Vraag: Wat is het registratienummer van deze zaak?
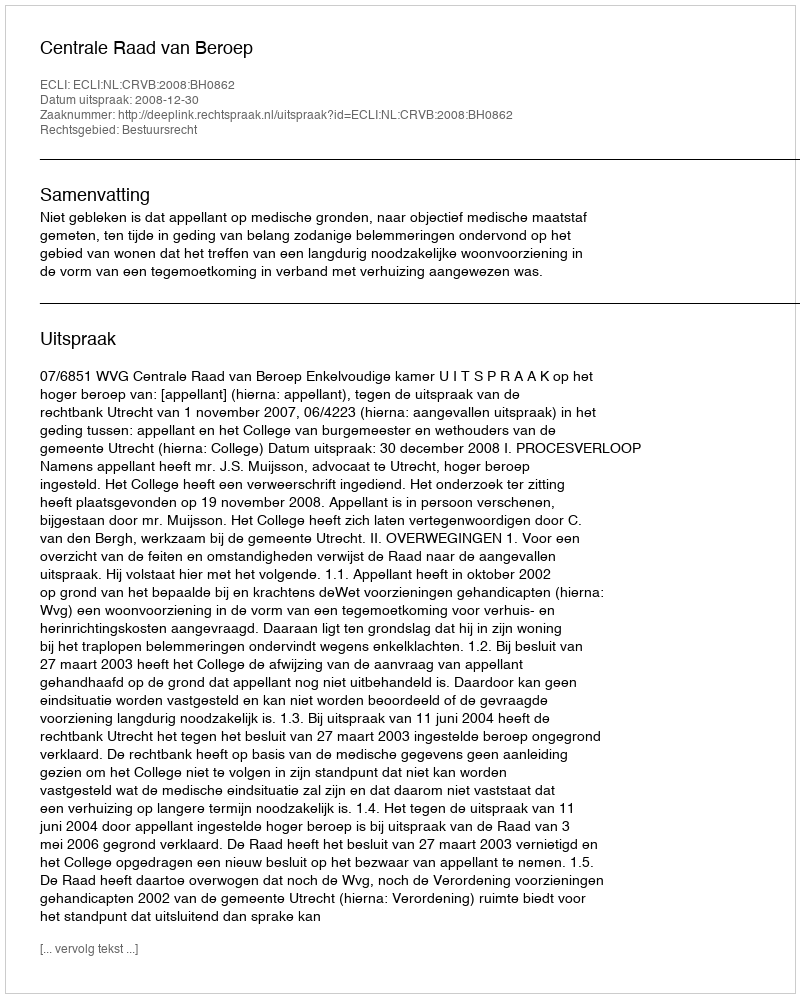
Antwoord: http://deeplink.rechtspraak.nl/uitspraak?id=ECLI:NL:CRVB:2008:BH0862